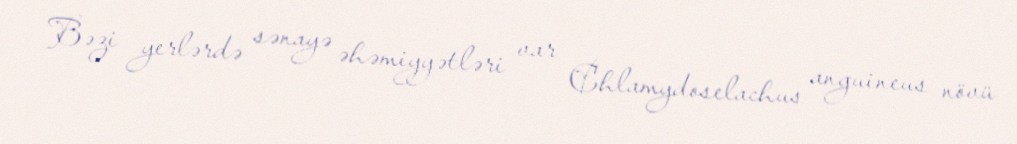
Bəzi yerlərdə sənayə əhəmiyyətləri var Chlamydoselachus anguineus növü